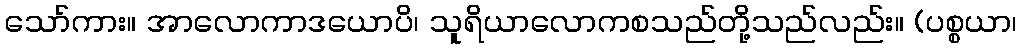
သော်ကား။ အာလောကာဒယောပိ၊ သူရိယာလောကစသည်တို့သည်လည်း။ (ပစ္စယာ၊